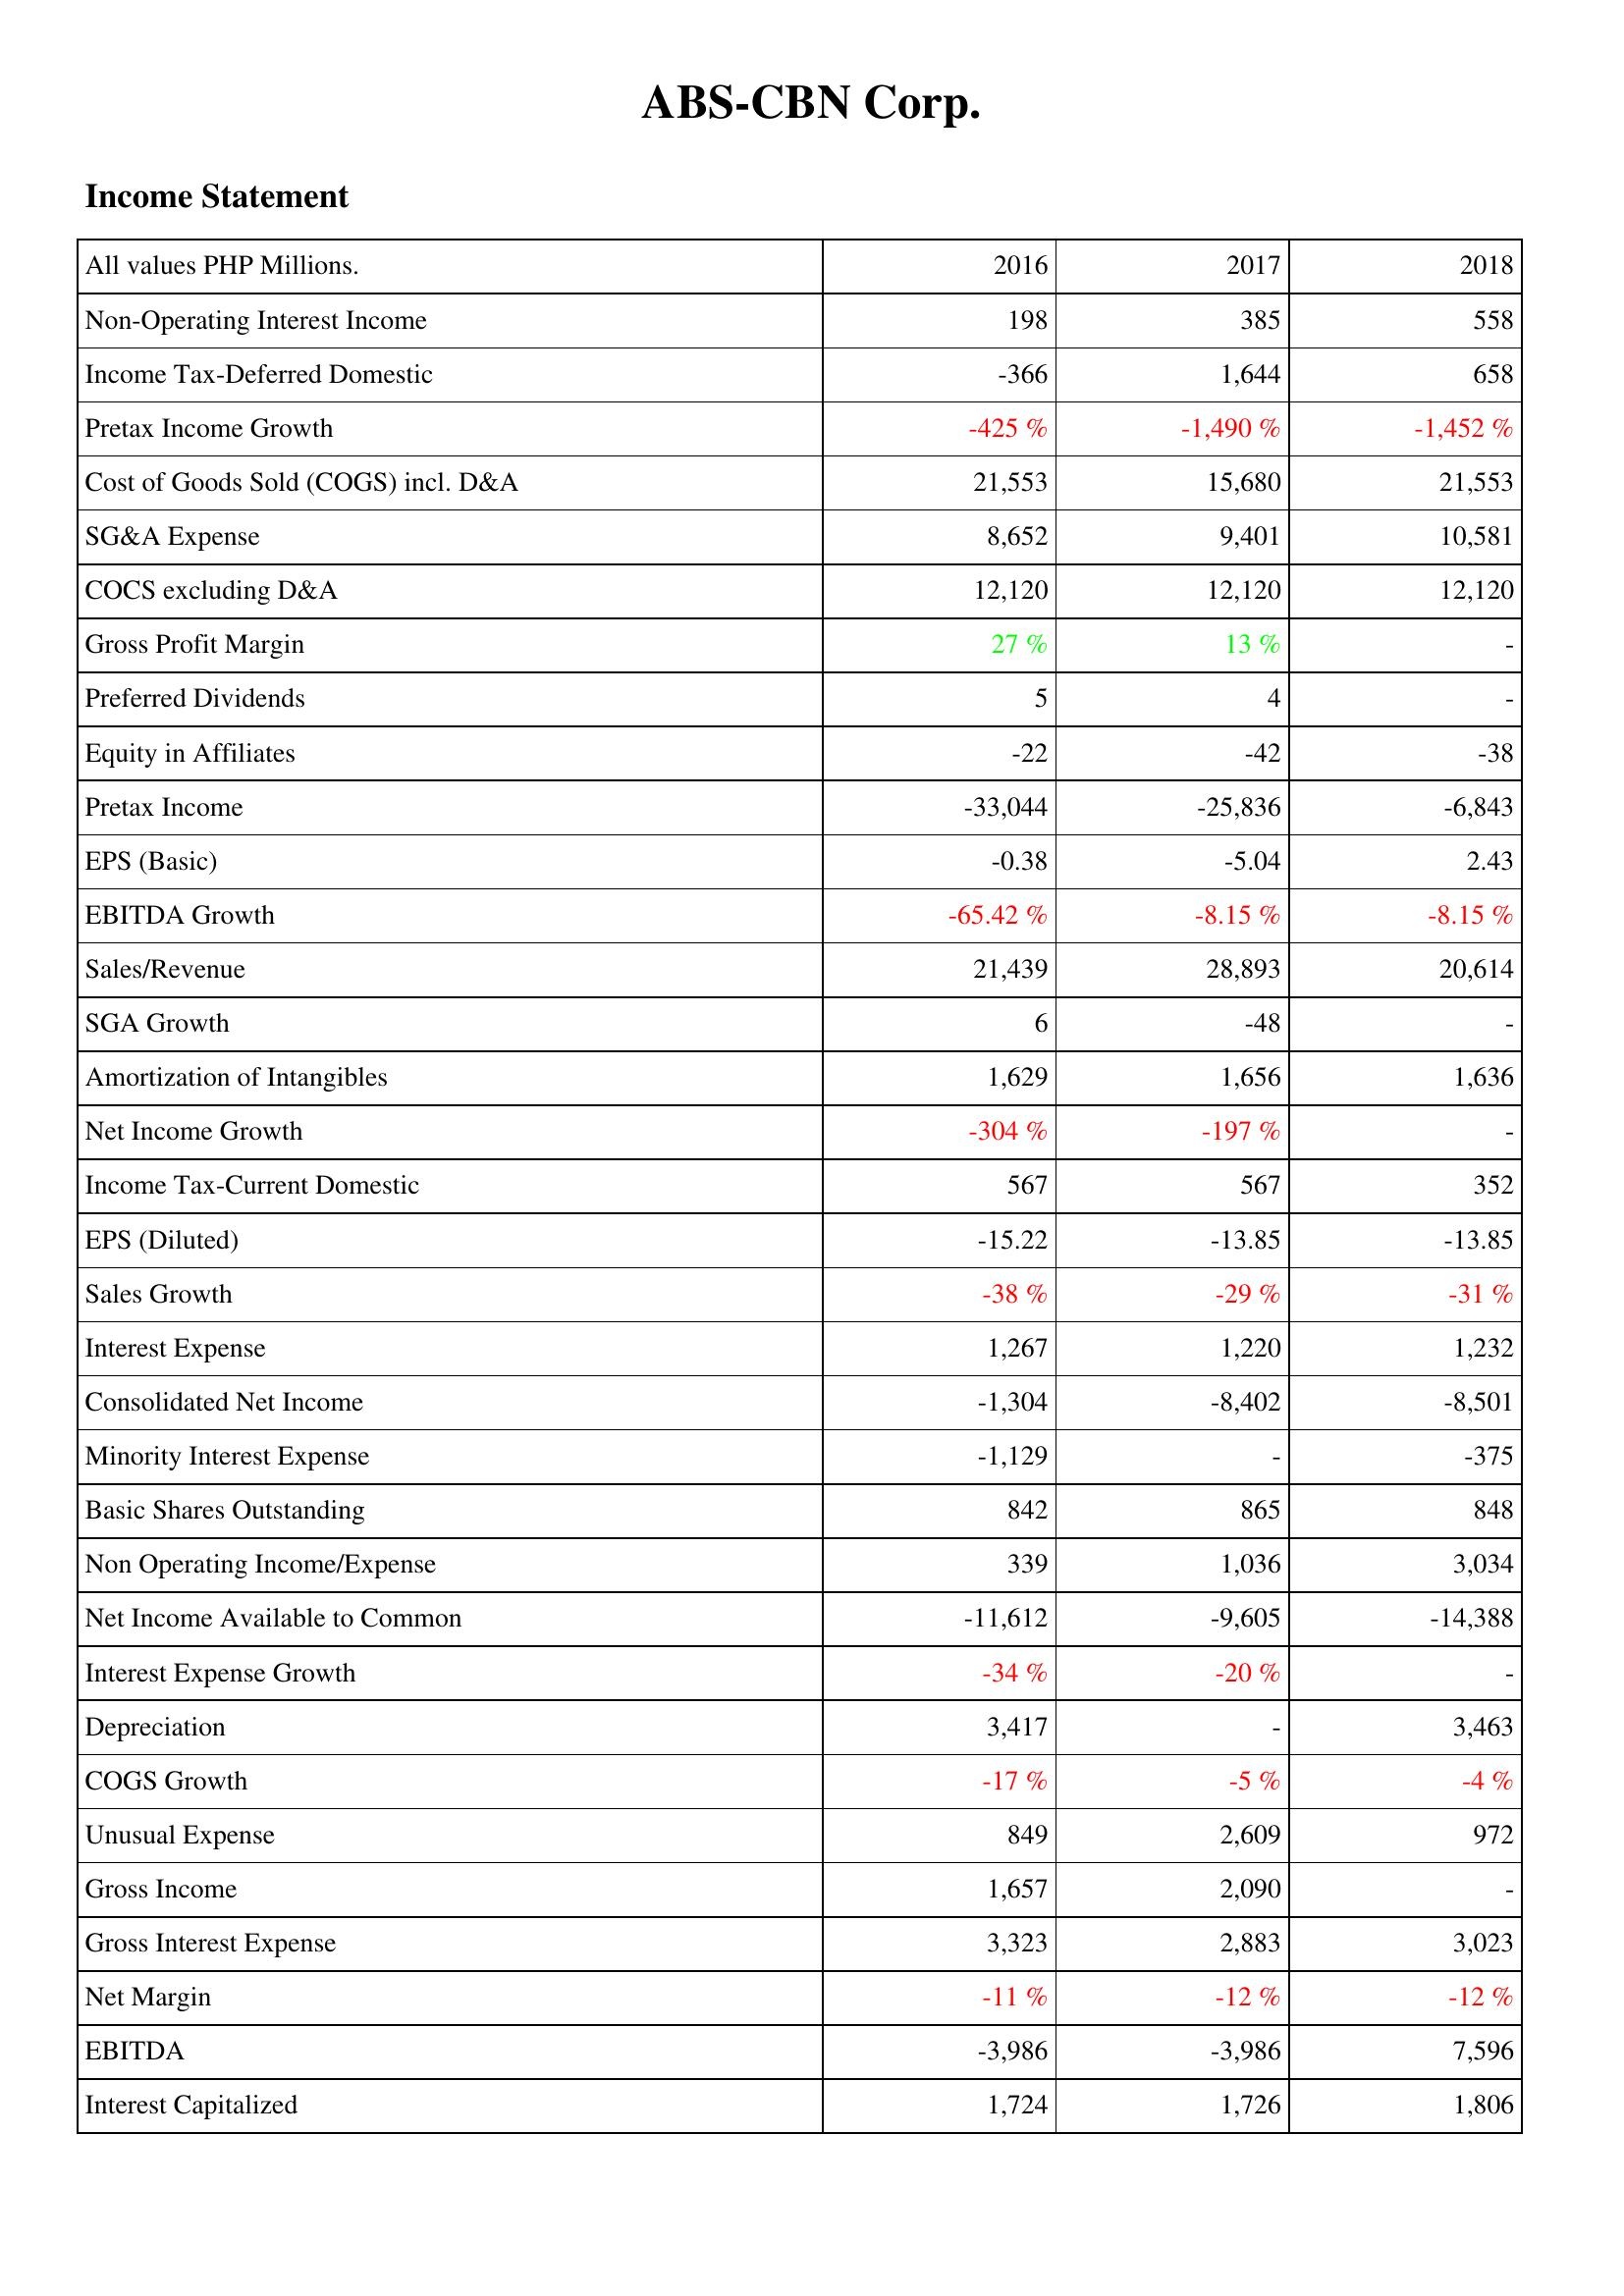
2016: Income Statement: Non-Operating Interest Income: 198
Income Tax-Deferred Domestic: -366
Pretax Income Growth: -425 %
Cost of Goods Sold (COGS) incl. D&A: 21,553
SG&A Expense: 8,652
COCS excluding D&A: 12,120
Gross Profit Margin: 27 %
Preferred Dividends: 5
Equity in Affiliates: -22
Pretax Income: -33,044
EPS (Basic): -0.38
EBITDA Growth: -65.42 %
Sales/Revenue: 21,439
SGA Growth: 6
Amortization of Intangibles: 1,629
Net Income Growth: -304 %
Income Tax-Current Domestic: 567
EPS (Diluted): -15.22
Sales Growth: -38 %
Interest Expense: 1,267
Consolidated Net Income: -1,304
Minority Interest Expense: -1,129
Basic Shares Outstanding: 842
Non Operating Income/Expense: 339
Net Income Available to Common: -11,612
Interest Expense Growth: -34 %
Depreciation: 3,417
COGS Growth: -17 %
Unusual Expense: 849
Gross Income: 1,657
Gross Interest Expense: 3,323
Net Margin: -11 %
EBITDA: -3,986
Interest Capitalized: 1,724
2017: Income Statement: Non-Operating Interest Income: 385
Income Tax-Deferred Domestic: 1,644
Pretax Income Growth: -1,490 %
Cost of Goods Sold (COGS) incl. D&A: 15,680
SG&A Expense: 9,401
COCS excluding D&A: 12,120
Gross Profit Margin: 13 %
Preferred Dividends: 4
Equity in Affiliates: -42
Pretax Income: -25,836
EPS (Basic): -5.04
EBITDA Growth: -8.15 %
Sales/Revenue: 28,893
SGA Growth: -48
Amortization of Intangibles: 1,656
Net Income Growth: -197 %
Income Tax-Current Domestic: 567
EPS (Diluted): -13.85
Sales Growth: -29 %
Interest Expense: 1,220
Consolidated Net Income: -8,402
Minority Interest Expense: -
Basic Shares Outstanding: 865
Non Operating Income/Expense: 1,036
Net Income Available to Common: -9,605
Interest Expense Growth: -20 %
Depreciation: -
COGS Growth: -5 %
Unusual Expense: 2,609
Gross Income: 2,090
Gross Interest Expense: 2,883
Net Margin: -12 %
EBITDA: -3,986
Interest Capitalized: 1,726
2018: Income Statement: Non-Operating Interest Income: 558
Income Tax-Deferred Domestic: 658
Pretax Income Growth: -1,452 %
Cost of Goods Sold (COGS) incl. D&A: 21,553
SG&A Expense: 10,581
COCS excluding D&A: 12,120
Gross Profit Margin: -
Preferred Dividends: -
Equity in Affiliates: -38
Pretax Income: -6,843
EPS (Basic): 2.43
EBITDA Growth: -8.15 %
Sales/Revenue: 20,614
SGA Growth: -
Amortization of Intangibles: 1,636
Net Income Growth: -
Income Tax-Current Domestic: 352
EPS (Diluted): -13.85
Sales Growth: -31 %
Interest Expense: 1,232
Consolidated Net Income: -8,501
Minority Interest Expense: -375
Basic Shares Outstanding: 848
Non Operating Income/Expense: 3,034
Net Income Available to Common: -14,388
Interest Expense Growth: -
Depreciation: 3,463
COGS Growth: -4 %
Unusual Expense: 972
Gross Income: -
Gross Interest Expense: 3,023
Net Margin: -12 %
EBITDA: 7,596
Interest Capitalized: 1,806